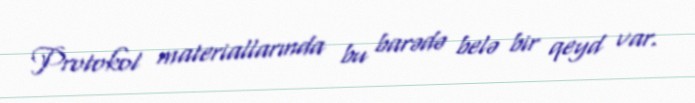
Protokol materiallarında bu barədə belə bir qeyd var.